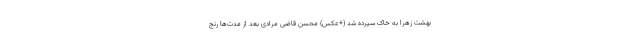
بهشت زهرا به خاک سپرده شد (+عکس) محسن قاضی مرادی بعد از مدت‌ها رنج